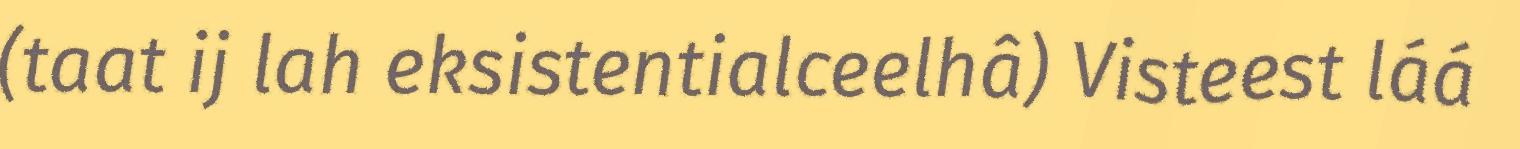
(taat ij lah eksistentialceelhâ) Visteest láá